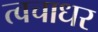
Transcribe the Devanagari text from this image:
त्वचाधर